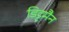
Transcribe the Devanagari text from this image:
डिट्टमैन